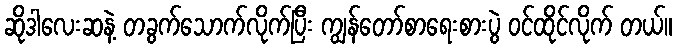
ဆိုဒါလေးဆနဲ့ တခွက်သောက်လိုက်ပြီး ကျွန်တော်စာရေးစားပွဲ ဝင်ထိုင်လိုက် တယ်။